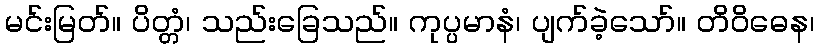
မင်းမြတ်။ ပိတ္တံ၊ သည်းခြေသည်။ ကုပ္ပမာနံ၊ ပျက်ခဲ့သော်။ တိဝိဓေန၊